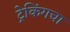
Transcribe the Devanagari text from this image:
ट्रेकिंगचा